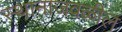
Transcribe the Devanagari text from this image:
स्थानाजवळील